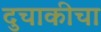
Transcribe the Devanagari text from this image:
दुचाकीचा